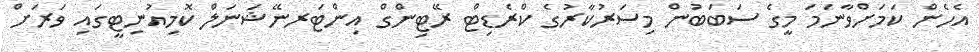
އެހެން ކަމަށްވާނަމަ މީގެ ސަބަބުން މިސަރުކާރުގެ ކްރެޑިޓް ރޭޓިންގް އިންޓަރނޭޝަނަލް ކޮމިއުނިޓީގައި ވަރަށް